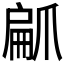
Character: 𭶳